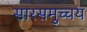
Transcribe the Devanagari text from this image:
सारसमुच्चय